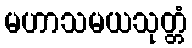
မဟာသမယသုတ္တံ